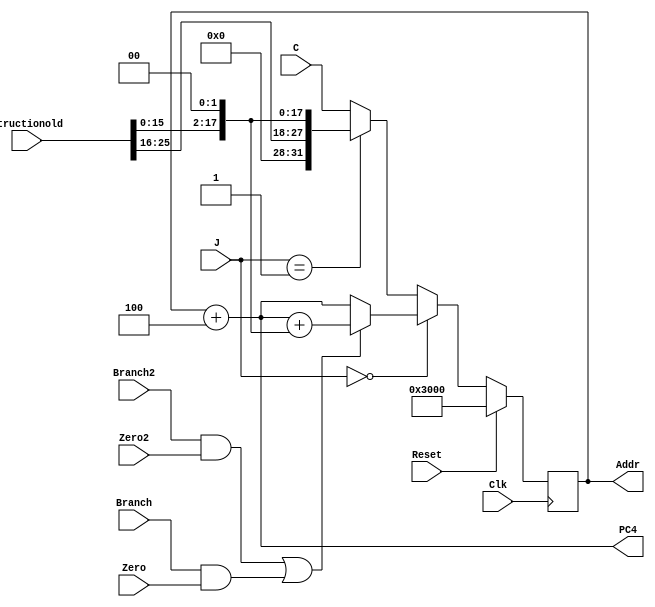
`timescale 1ns / 1ps
//////////////////////////////////////////////////////////////////////////////////
// Company: 
// Engineer: 
// 
// Design Name: 
// Module Name:    if 
// Project Name: 
// Target Devices: 
// Tool versions: 
// Description: 
//
// Dependencies: 
//
// Revision: 
// Revision 0.01 - File Created
// Additional Comments: 
//
//////////////////////////////////////////////////////////////////////////////////
module IF(
	input Clk,
	input Branch,
	input Branch2,
	input Zero,
	input Zero2,
	input Reset,
	input [1:0]J,
	input [31:0]structionold,
	input [31:0]C,
	output [31:0]Addr,
	output [31:0]PC4
    );
	 reg [31:0]REG;
	 assign Addr=REG;
	 assign PC4=REG+4;
	 initial begin
		REG<=32'h3000;
	 end
	always@(posedge Clk)begin
		if(Reset)begin
			REG<=32'h3000;
		end
		else REG<=((J==00)?(((Branch2&Zero2)||(Branch&Zero))?(REG+5'b00100+{14'b0,structionold[15:0],2'b00}):(REG+5'b00100))
						:((J==01)?{4'b0,structionold[25:0],2'b0}
						:C));
	end

endmodule